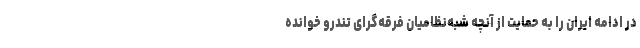
در ادامه ایران را به حمایت از آنچه شبه‌نظامیان فرقه‌گرای تندرو خوانده